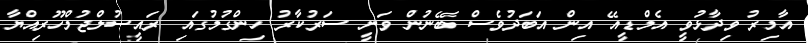
އާމިރު ވިދާޅުވީ އެމްޑީއޭ އިން އަބަދުވެސް ބޭނުން ވަނީ ސަރުކާރު ހިންގުމުގައި ރައީސުލްޖުމްހޫރިއްޔާ